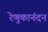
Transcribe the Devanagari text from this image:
रेणुकानंदन